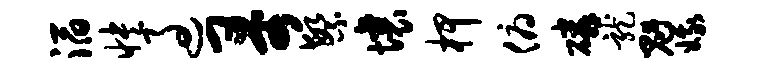
滔怏过哥繁壤柙俯磷龙魁娥